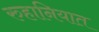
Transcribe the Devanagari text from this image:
रुहानियात